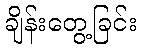
ချိန်းတွေ့ခြင်း